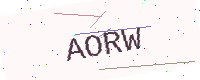
Text: AORW